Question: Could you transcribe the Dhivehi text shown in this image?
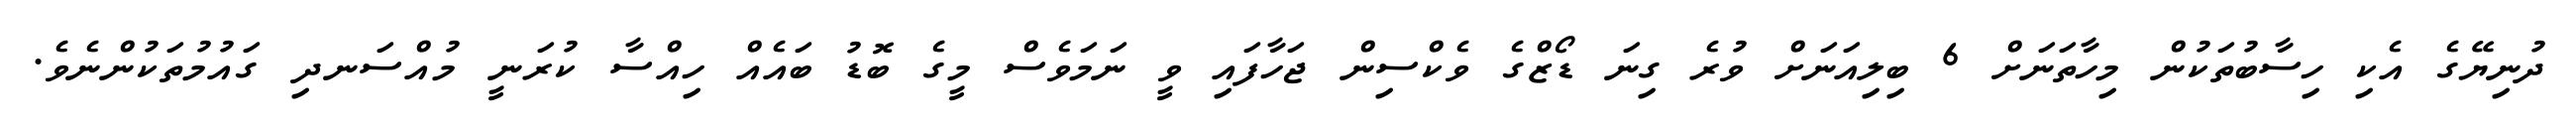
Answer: ދުނިޔޭގެ އެކި ހިސާބުތަކުން މިހާތަނަށް 6 ބިލިއަނަށް ވުރެ ގިނަ ޑޯޒްގެ ވެކްސިން ޖަހާފައި ވީ ނަމަވެސް މީގެ ބޮޑު ބައެއް ހިއްސާ ކުރަނީ މުއްސަނދި ގައުމުތަކުންނެވެ.